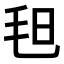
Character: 𣬰